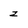
Character: z